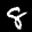
Label: 8